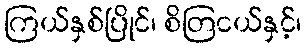
ကြယ်နှစ်ပြိုင်၊ စိတြငယ်နှင့်၊